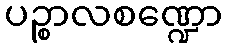
ပဉ္စာလစဏ္ဍော